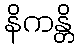
နိကန္တိ